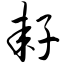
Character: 耔